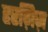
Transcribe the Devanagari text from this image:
हरग़िज़